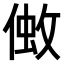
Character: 𠌒